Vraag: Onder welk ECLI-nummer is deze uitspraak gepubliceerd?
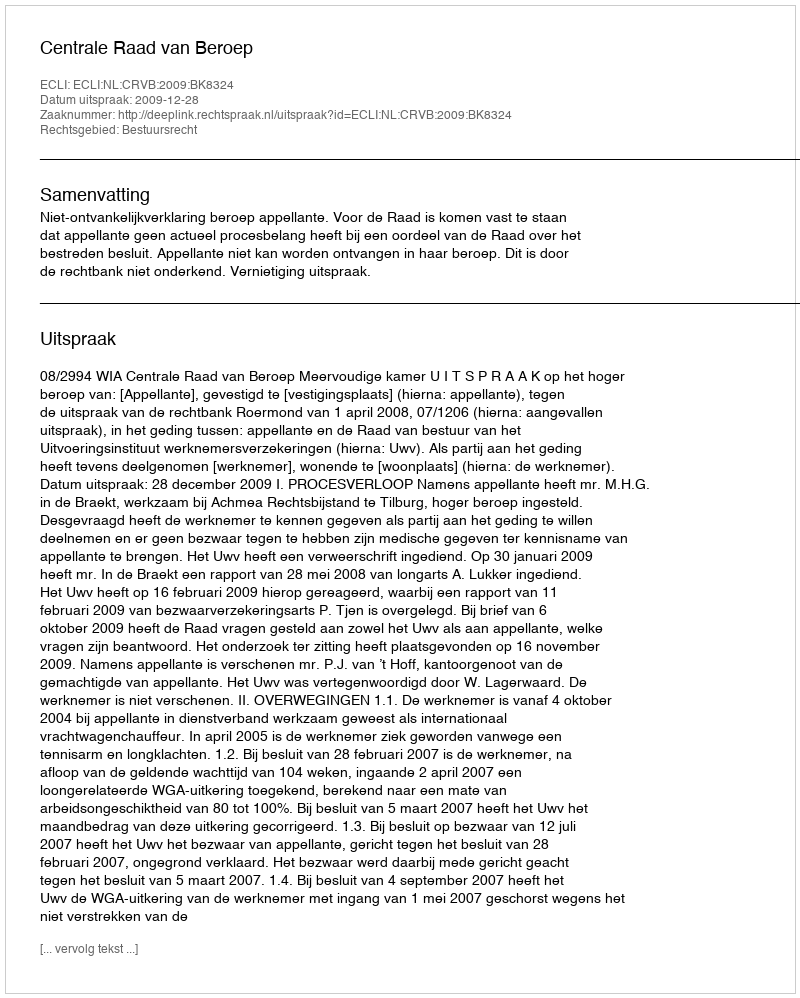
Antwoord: ECLI:NL:CRVB:2009:BK8324